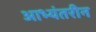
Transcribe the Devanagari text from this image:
आभ्यंतरीन